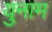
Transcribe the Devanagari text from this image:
युनाम